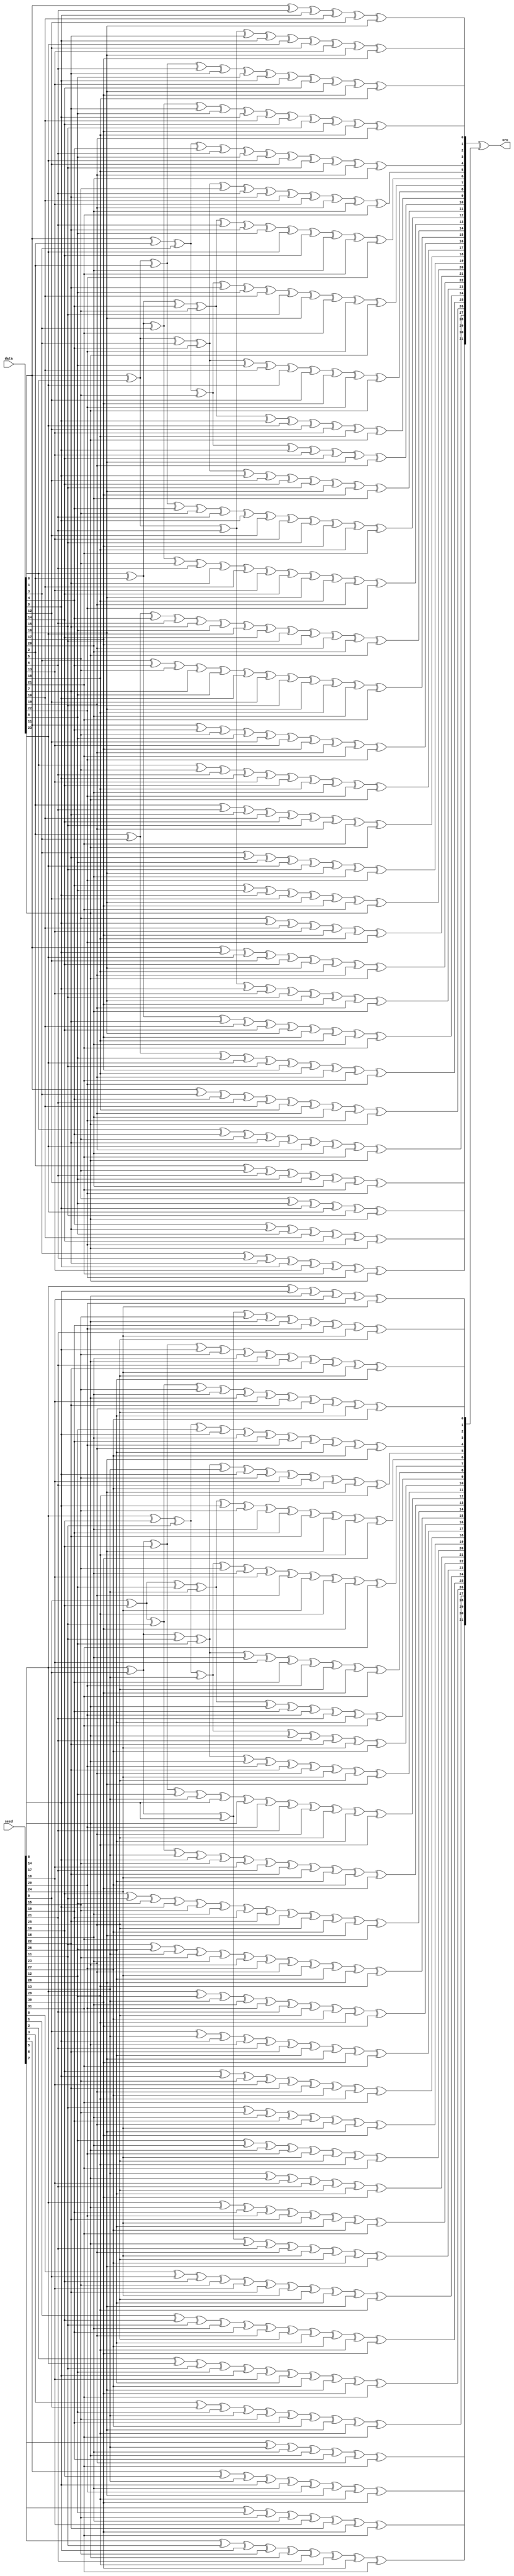
//
// Copyright (C) 2018 LeWiz Communications, Inc. 
// 
// This library is free software; you can redistribute it and/or
// modify it under the terms of the GNU Lesser General Public
// License as published by the Free Software Foundation; either
// version 2.1 of the License, or (at your option) any later version.
// 
// This library is distributed in the hope that it will be useful,
// but WITHOUT ANY WARRANTY; without even the implied warranty of
// MERCHANTABILITY or FITNESS FOR A PARTICULAR PURPOSE.  See the GNU
// Lesser General Public License for more details.
// 
// You should have received a copy of the GNU Lesser General Public
// License along with this library release; if not, write to the Free Software
// Foundation, Inc., 51 Franklin Street, Fifth Floor, Boston, MA  02110-1301  USA
// 
// LeWiz can be contacted at:  support@lewiz.com
// or address:  
// PO Box 9276
// San Jose, CA 95157-9276
// www.lewiz.com
// 
//    Language: Verilog
//


// synopsys translate_off
`timescale 1ns/1ps
// synopsys translate_on


module crc32_d24s(
 input      [23:0] data,
 input      [31:0] seed,
 output     [31:0] crc
);

 //registers decalarations
 reg [31:0] data_p0; 
 reg [31:0] seed_p0; 

 //remap signal
 assign crc = data_p0 ^ seed_p0;


 always @(*) begin
  data_p0[0] = data[0] ^ data[6] ^ data[9] ^ data[10] ^ data[12] ^ data[16];
 end 


 always @(*) begin
  data_p0[1] = data[0] ^ data[1] ^ data[6] ^ data[7] ^ data[9] ^ data[11] ^ data[12] ^ data[13] ^ data[16] ^ data[17];
 end 


 always @(*) begin
  data_p0[2] = data[0] ^ data[1] ^ data[2] ^ data[6] ^ data[7] ^ data[8] ^ data[9] ^ data[13] ^ data[14] ^ data[16] ^ data[17] ^ data[18];
 end 


 always @(*) begin
  data_p0[3] = data[1] ^ data[2] ^ data[3] ^ data[7] ^ data[8] ^ data[9] ^ data[10] ^ data[14] ^ data[15] ^ data[17] ^ data[18] ^ data[19];
 end 


 always @(*) begin
  data_p0[4] = data[0] ^ data[2] ^ data[3] ^ data[4] ^ data[6] ^ data[8] ^ data[11] ^ data[12] ^ data[15] ^ data[18] ^ data[19] ^ data[20];
 end 


 always @(*) begin
  data_p0[5] = data[0] ^ data[1] ^ data[3] ^ data[4] ^ data[5] ^ data[6] ^ data[7] ^ data[10] ^ data[13] ^ data[19] ^ data[20] ^ data[21];
 end 


 always @(*) begin
  data_p0[6] = data[1] ^ data[2] ^ data[4] ^ data[5] ^ data[6] ^ data[7] ^ data[8] ^ data[11] ^ data[14] ^ data[20] ^ data[21] ^ data[22];
 end 


 always @(*) begin
  data_p0[7] = data[0] ^ data[2] ^ data[3] ^ data[5] ^ data[7] ^ data[8] ^ data[10] ^ data[15] ^ data[16] ^ data[21] ^ data[22] ^ data[23];
 end 


 always @(*) begin
  data_p0[8] = data[0] ^ data[1] ^ data[3] ^ data[4] ^ data[8] ^ data[10] ^ data[11] ^ data[12] ^ data[17] ^ data[22] ^ data[23];
 end 


 always @(*) begin
  data_p0[9] = data[1] ^ data[2] ^ data[4] ^ data[5] ^ data[9] ^ data[11] ^ data[12] ^ data[13] ^ data[18] ^ data[23];
 end 


 always @(*) begin
  data_p0[10] = data[0] ^ data[2] ^ data[3] ^ data[5] ^ data[9] ^ data[13] ^ data[14] ^ data[16] ^ data[19];
 end 


 always @(*) begin
  data_p0[11] = data[0] ^ data[1] ^ data[3] ^ data[4] ^ data[9] ^ data[12] ^ data[14] ^ data[15] ^ data[16] ^ data[17] ^ data[20];
 end 


 always @(*) begin
  data_p0[12] = data[0] ^ data[1] ^ data[2] ^ data[4] ^ data[5] ^ data[6] ^ data[9] ^ data[12] ^ data[13] ^ data[15] ^ data[17] ^ data[18] ^ data[21];
 end 


 always @(*) begin
  data_p0[13] = data[1] ^ data[2] ^ data[3] ^ data[5] ^ data[6] ^ data[7] ^ data[10] ^ data[13] ^ data[14] ^ data[16] ^ data[18] ^ data[19] ^ data[22];
 end 


 always @(*) begin
  data_p0[14] = data[2] ^ data[3] ^ data[4] ^ data[6] ^ data[7] ^ data[8] ^ data[11] ^ data[14] ^ data[15] ^ data[17] ^ data[19] ^ data[20] ^ data[23];
 end 


 always @(*) begin
  data_p0[15] = data[3] ^ data[4] ^ data[5] ^ data[7] ^ data[8] ^ data[9] ^ data[12] ^ data[15] ^ data[16] ^ data[18] ^ data[20] ^ data[21];
 end 


 always @(*) begin
  data_p0[16] = data[0] ^ data[4] ^ data[5] ^ data[8] ^ data[12] ^ data[13] ^ data[17] ^ data[19] ^ data[21] ^ data[22];
 end 


 always @(*) begin
  data_p0[17] = data[1] ^ data[5] ^ data[6] ^ data[9] ^ data[13] ^ data[14] ^ data[18] ^ data[20] ^ data[22] ^ data[23];
 end 


 always @(*) begin
  data_p0[18] = data[2] ^ data[6] ^ data[7] ^ data[10] ^ data[14] ^ data[15] ^ data[19] ^ data[21] ^ data[23];
 end 


 always @(*) begin
  data_p0[19] = data[3] ^ data[7] ^ data[8] ^ data[11] ^ data[15] ^ data[16] ^ data[20] ^ data[22];
 end 


 always @(*) begin
  data_p0[20] = data[4] ^ data[8] ^ data[9] ^ data[12] ^ data[16] ^ data[17] ^ data[21] ^ data[23];
 end 


 always @(*) begin
  data_p0[21] = data[5] ^ data[9] ^ data[10] ^ data[13] ^ data[17] ^ data[18] ^ data[22];
 end 


 always @(*) begin
  data_p0[22] = data[0] ^ data[9] ^ data[11] ^ data[12] ^ data[14] ^ data[16] ^ data[18] ^ data[19] ^ data[23];
 end 


 always @(*) begin
  data_p0[23] = data[0] ^ data[1] ^ data[6] ^ data[9] ^ data[13] ^ data[15] ^ data[16] ^ data[17] ^ data[19] ^ data[20];
 end 


 always @(*) begin
  data_p0[24] = data[1] ^ data[2] ^ data[7] ^ data[10] ^ data[14] ^ data[16] ^ data[17] ^ data[18] ^ data[20] ^ data[21];
 end 


 always @(*) begin
  data_p0[25] = data[2] ^ data[3] ^ data[8] ^ data[11] ^ data[15] ^ data[17] ^ data[18] ^ data[19] ^ data[21] ^ data[22];
 end 


 always @(*) begin
  data_p0[26] = data[0] ^ data[3] ^ data[4] ^ data[6] ^ data[10] ^ data[18] ^ data[19] ^ data[20] ^ data[22] ^ data[23];
 end 


 always @(*) begin
  data_p0[27] = data[1] ^ data[4] ^ data[5] ^ data[7] ^ data[11] ^ data[19] ^ data[20] ^ data[21] ^ data[23];
 end 


 always @(*) begin
  data_p0[28] = data[2] ^ data[5] ^ data[6] ^ data[8] ^ data[12] ^ data[20] ^ data[21] ^ data[22];
 end 


 always @(*) begin
  data_p0[29] = data[3] ^ data[6] ^ data[7] ^ data[9] ^ data[13] ^ data[21] ^ data[22] ^ data[23];
 end 


 always @(*) begin
  data_p0[30] = data[4] ^ data[7] ^ data[8] ^ data[10] ^ data[14] ^ data[22] ^ data[23];
 end 


 always @(*) begin
  data_p0[31] = data[5] ^ data[8] ^ data[9] ^ data[11] ^ data[15] ^ data[23];
 end 


 always @(*) begin
 seed_p0[0] = seed[8] ^ seed[14] ^ seed[17] ^ seed[18] ^ seed[20] ^ seed[24];
 end 


 always @(*) begin
 seed_p0[1] = seed[8] ^ seed[9] ^ seed[14] ^ seed[15] ^ seed[17] ^ seed[19] ^ seed[20] ^ seed[21] ^ seed[24] ^ seed[25];
 end 


 always @(*) begin
 seed_p0[2] = seed[8] ^ seed[9] ^ seed[10] ^ seed[14] ^ seed[15] ^ seed[16] ^ seed[17] ^ seed[21] ^ seed[22] ^ seed[24] ^ seed[25] ^ seed[26];
 end 


 always @(*) begin
 seed_p0[3] = seed[9] ^ seed[10] ^ seed[11] ^ seed[15] ^ seed[16] ^ seed[17] ^ seed[18] ^ seed[22] ^ seed[23] ^ seed[25] ^ seed[26] ^ seed[27];
 end 


 always @(*) begin
 seed_p0[4] = seed[8] ^ seed[10] ^ seed[11] ^ seed[12] ^ seed[14] ^ seed[16] ^ seed[19] ^ seed[20] ^ seed[23] ^ seed[26] ^ seed[27] ^ seed[28];
 end 


 always @(*) begin
 seed_p0[5] = seed[8] ^ seed[9] ^ seed[11] ^ seed[12] ^ seed[13] ^ seed[14] ^ seed[15] ^ seed[18] ^ seed[21] ^ seed[27] ^ seed[28] ^ seed[29];
 end 


 always @(*) begin
 seed_p0[6] = seed[9] ^ seed[10] ^ seed[12] ^ seed[13] ^ seed[14] ^ seed[15] ^ seed[16] ^ seed[19] ^ seed[22] ^ seed[28] ^ seed[29] ^ seed[30];
 end 


 always @(*) begin
 seed_p0[7] = seed[8] ^ seed[10] ^ seed[11] ^ seed[13] ^ seed[15] ^ seed[16] ^ seed[18] ^ seed[23] ^ seed[24] ^ seed[29] ^ seed[30] ^ seed[31];
 end 


 always @(*) begin
 seed_p0[8] = seed[8] ^ seed[9] ^ seed[11] ^ seed[12] ^ seed[16] ^ seed[18] ^ seed[19] ^ seed[20] ^ seed[25] ^ seed[30] ^ seed[31];
 end 


 always @(*) begin
 seed_p0[9] = seed[9] ^ seed[10] ^ seed[12] ^ seed[13] ^ seed[17] ^ seed[19] ^ seed[20] ^ seed[21] ^ seed[26] ^ seed[31];
 end 


 always @(*) begin
 seed_p0[10] = seed[8] ^ seed[10] ^ seed[11] ^ seed[13] ^ seed[17] ^ seed[21] ^ seed[22] ^ seed[24] ^ seed[27];
 end 


 always @(*) begin
 seed_p0[11] = seed[8] ^ seed[9] ^ seed[11] ^ seed[12] ^ seed[17] ^ seed[20] ^ seed[22] ^ seed[23] ^ seed[24] ^ seed[25] ^ seed[28];
 end 


 always @(*) begin
 seed_p0[12] = seed[8] ^ seed[9] ^ seed[10] ^ seed[12] ^ seed[13] ^ seed[14] ^ seed[17] ^ seed[20] ^ seed[21] ^ seed[23] ^ seed[25] ^ seed[26] ^ seed[29];
 end 


 always @(*) begin
 seed_p0[13] = seed[9] ^ seed[10] ^ seed[11] ^ seed[13] ^ seed[14] ^ seed[15] ^ seed[18] ^ seed[21] ^ seed[22] ^ seed[24] ^ seed[26] ^ seed[27] ^ seed[30];
 end 


 always @(*) begin
 seed_p0[14] = seed[10] ^ seed[11] ^ seed[12] ^ seed[14] ^ seed[15] ^ seed[16] ^ seed[19] ^ seed[22] ^ seed[23] ^ seed[25] ^ seed[27] ^ seed[28] ^ seed[31];
 end 


 always @(*) begin
 seed_p0[15] = seed[11] ^ seed[12] ^ seed[13] ^ seed[15] ^ seed[16] ^ seed[17] ^ seed[20] ^ seed[23] ^ seed[24] ^ seed[26] ^ seed[28] ^ seed[29];
 end 


 always @(*) begin
 seed_p0[16] = seed[8] ^ seed[12] ^ seed[13] ^ seed[16] ^ seed[20] ^ seed[21] ^ seed[25] ^ seed[27] ^ seed[29] ^ seed[30];
 end 


 always @(*) begin
 seed_p0[17] = seed[9] ^ seed[13] ^ seed[14] ^ seed[17] ^ seed[21] ^ seed[22] ^ seed[26] ^ seed[28] ^ seed[30] ^ seed[31];
 end 


 always @(*) begin
 seed_p0[18] = seed[10] ^ seed[14] ^ seed[15] ^ seed[18] ^ seed[22] ^ seed[23] ^ seed[27] ^ seed[29] ^ seed[31];
 end 


 always @(*) begin
 seed_p0[19] = seed[11] ^ seed[15] ^ seed[16] ^ seed[19] ^ seed[23] ^ seed[24] ^ seed[28] ^ seed[30];
 end 


 always @(*) begin
 seed_p0[20] = seed[12] ^ seed[16] ^ seed[17] ^ seed[20] ^ seed[24] ^ seed[25] ^ seed[29] ^ seed[31];
 end 


 always @(*) begin
 seed_p0[21] = seed[13] ^ seed[17] ^ seed[18] ^ seed[21] ^ seed[25] ^ seed[26] ^ seed[30];
 end 


 always @(*) begin
 seed_p0[22] = seed[8] ^ seed[17] ^ seed[19] ^ seed[20] ^ seed[22] ^ seed[24] ^ seed[26] ^ seed[27] ^ seed[31];
 end 


 always @(*) begin
 seed_p0[23] = seed[8] ^ seed[9] ^ seed[14] ^ seed[17] ^ seed[21] ^ seed[23] ^ seed[24] ^ seed[25] ^ seed[27] ^ seed[28];
 end 


 always @(*) begin
 seed_p0[24] = seed[0] ^ seed[9] ^ seed[10] ^ seed[15] ^ seed[18] ^ seed[22] ^ seed[24] ^ seed[25] ^ seed[26] ^ seed[28] ^ seed[29];
 end 


 always @(*) begin
 seed_p0[25] = seed[1] ^ seed[10] ^ seed[11] ^ seed[16] ^ seed[19] ^ seed[23] ^ seed[25] ^ seed[26] ^ seed[27] ^ seed[29] ^ seed[30];
 end 


 always @(*) begin
 seed_p0[26] = seed[2] ^ seed[8] ^ seed[11] ^ seed[12] ^ seed[14] ^ seed[18] ^ seed[26] ^ seed[27] ^ seed[28] ^ seed[30] ^ seed[31];
 end 


 always @(*) begin
 seed_p0[27] = seed[3] ^ seed[9] ^ seed[12] ^ seed[13] ^ seed[15] ^ seed[19] ^ seed[27] ^ seed[28] ^ seed[29] ^ seed[31];
 end 


 always @(*) begin
 seed_p0[28] = seed[4] ^ seed[10] ^ seed[13] ^ seed[14] ^ seed[16] ^ seed[20] ^ seed[28] ^ seed[29] ^ seed[30];
 end 


 always @(*) begin
 seed_p0[29] = seed[5] ^ seed[11] ^ seed[14] ^ seed[15] ^ seed[17] ^ seed[21] ^ seed[29] ^ seed[30] ^ seed[31];
 end 


 always @(*) begin
 seed_p0[30] = seed[6] ^ seed[12] ^ seed[15] ^ seed[16] ^ seed[18] ^ seed[22] ^ seed[30] ^ seed[31];
 end 


 always @(*) begin
 seed_p0[31] = seed[7] ^ seed[13] ^ seed[16] ^ seed[17] ^ seed[19] ^ seed[23] ^ seed[31];
 end 

endmodule